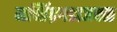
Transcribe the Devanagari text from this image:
मच्छिंद्रगडाजवळ